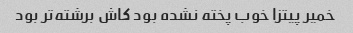
خمیر پیتزا خوب پخته نشده بود کاش برشته‌تر بود